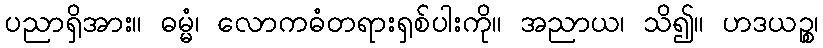
ပညာရှိအား။ ဓမ္မံ၊ လောကဓံတရားရှစ်ပါးကို။ အညာယ၊ သိ၍။ ဟဒယဉ္စ၊